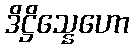
ဒိဋ္ဌိသ္နေဟော